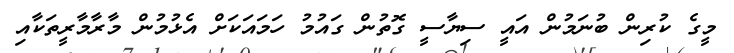
މީގެ ކުރިން ބުނަމުން އައީ ސިޔާސީ ގޮތުން ގައުމު ހަމައަކަށް އެޅުމުން މާރާމާރީތަކާއި